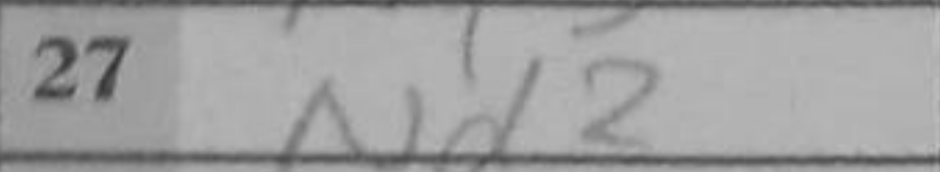
Transcription: Nd2